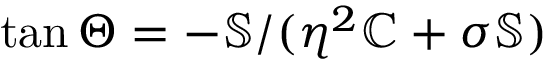
\tan \Theta = - \mathbb { S } / ( \eta ^ { 2 } \mathbb { C } + \sigma \mathbb { S } )